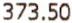
373.50